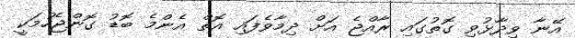
އޭނާ ވިދާޅުވި ގޮތުގައި ރާއްޖެ އަށް ދިމާވެފައި އޮތް އެންމެ ބޮޑު ގޮންޖެހުމަކީ